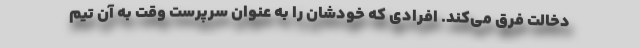
دخالت فرق می‌کند. افرادی که خودشان را به عنوان سرپرست وقت به آن تیم